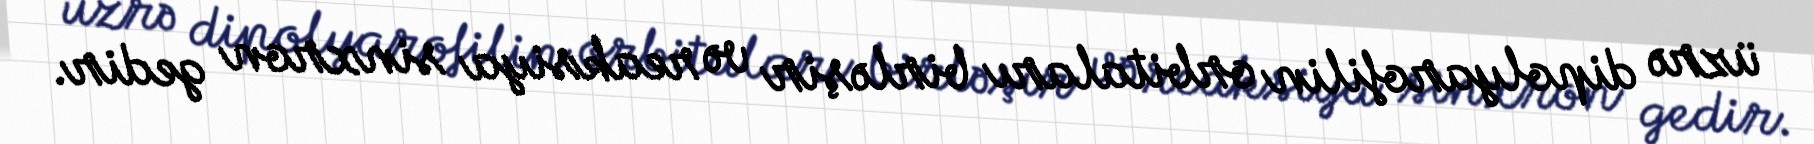
üzrə dipolyarofilin orbitaları birləşir və reaksiya sinxron gedir.